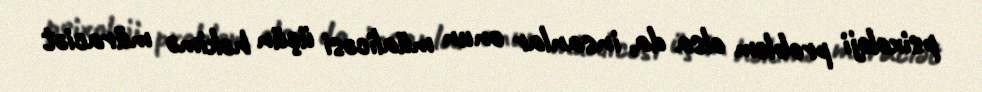
psixoloji problem olsa da, insanlar onun müalicəsi üçün həkimə müraciət